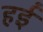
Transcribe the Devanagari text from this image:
हईं